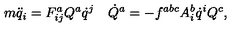
m \ddot { q } _ { i } = F _ { i j } ^ { a } Q ^ { a } \dot { q } ^ { j } \quad \dot { Q } ^ { a } = - f ^ { a b c } A _ { i } ^ { b } \dot { q } ^ { i } Q ^ { c } ,